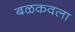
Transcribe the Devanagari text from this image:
बळकवला